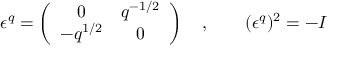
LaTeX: \epsilon ^ { q } = \left( \begin{array} { c c } { { 0 } } & { { q ^ { - 1 / 2 } } } \\ { { - q ^ { 1 / 2 } } } & { { 0 } } \end{array} \right) \quad , \qquad ( \epsilon ^ { q } ) ^ { 2 } = - I